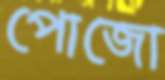
পোজো